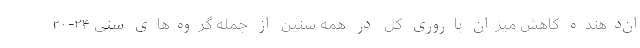
ان‌دهنده کاهش میزان باروری کل در همه سنین از جمله گروه‌­های سنی ٢۴-۲۰